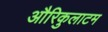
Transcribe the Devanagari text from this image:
औरिकुलाटम